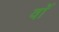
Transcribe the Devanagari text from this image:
वाॅ